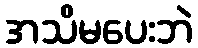
အသိမပေးဘဲ